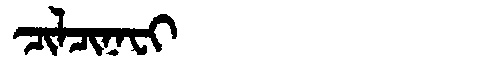
Manchu: ᠴᡳᠯᠴᡳᠨᠠᠸᡳ
Romanization: CILCINAFI